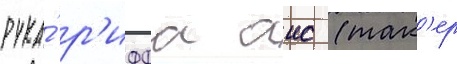
рука́ р'иффа аис (так'ер